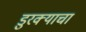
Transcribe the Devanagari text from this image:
डुरक्याचा